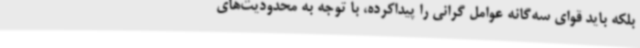
بلکه باید قوای سه‌گانه عوامل گرانی را پیداکرده، با توجه به محدودیت‌های